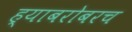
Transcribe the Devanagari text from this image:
ह्याबरोबरच